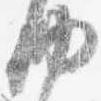
納